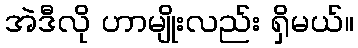
အဲဒီလို ဟာမျိုးလည်း ရှိမယ်။